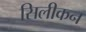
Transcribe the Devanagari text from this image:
सिलीकन